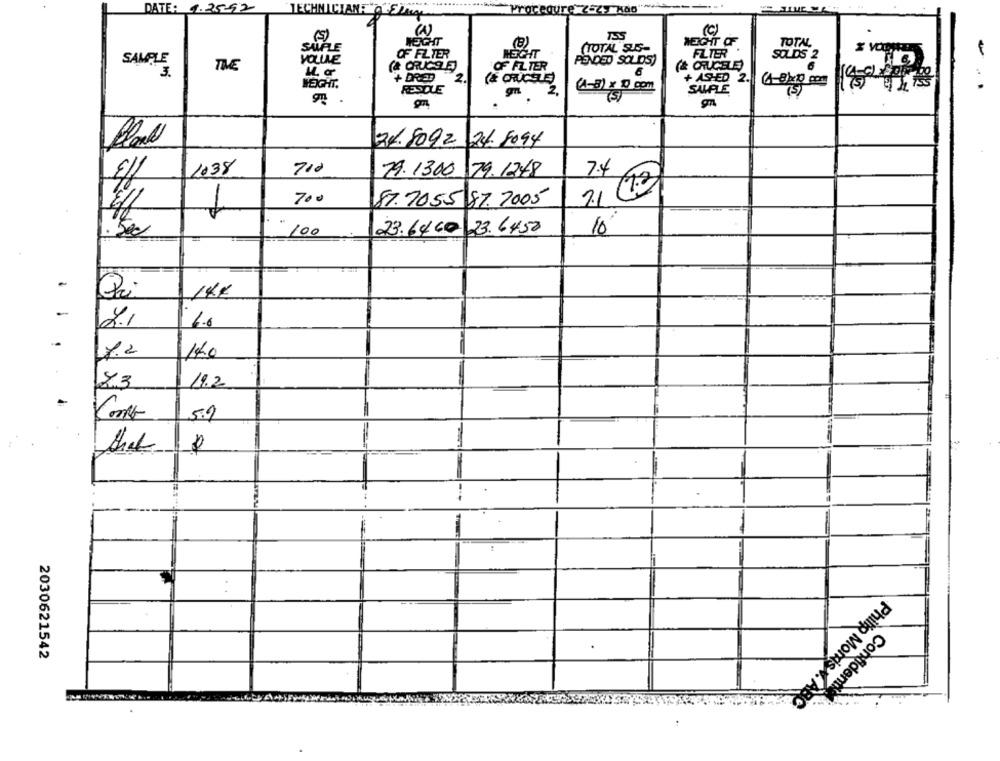
DATE:
1.25-52
TECHNIC
"gregure ( 4) kao"
(5)
(c)
WEIGHT OF
TOTAL
SALFLE
OF FILTER
NECHT
(TOTAL SUS-
FILTER
SOLDS 2
SAMPLE
VOLLLE
PENDED SOLDS)
TIVE
(& CRUC9 E)
OF FILTER
(& CRUCELE)
6
+ DRED
6
+ AS-ED 2
WEIGHT.
2
RESDLE
gn
2,
(A-8) x 0 com
SAMPLE
(5 )
24.8092
24. 5094
E/f
1038
710
19.1300
79.1248
7.4
12
1
700
87.7055 87.2005
10
: 500
100
23.6460 23.6450
-
Pri
14€
8.1
6.6
17.2
140
2.3
19.2
5.9
10
that
2030621542
Confidenti
Philip Morris 1. ABC